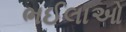
ભઈલાઓ